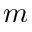
m